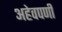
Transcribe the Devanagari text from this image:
अहेवपणी